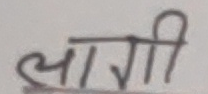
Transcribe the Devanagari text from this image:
लागी